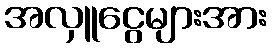
အလှူငွေများအား